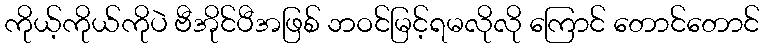
ကိုယ့်ကိုယ်ကိုပဲ ဗီအိုင်ပီအဖြစ် ဘဝင်မြင့်ရမလိုလို ကြောင် တောင်တောင်